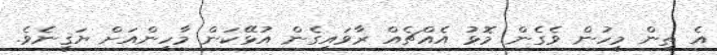
އެ ތިން މީހުން ވެގެން މޮޅު އެއްޗެއް ރާވައިގެން އުޅޭކަން މާހިންއަށް ޔަޤީނެވެ.